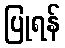
ပြုရန်